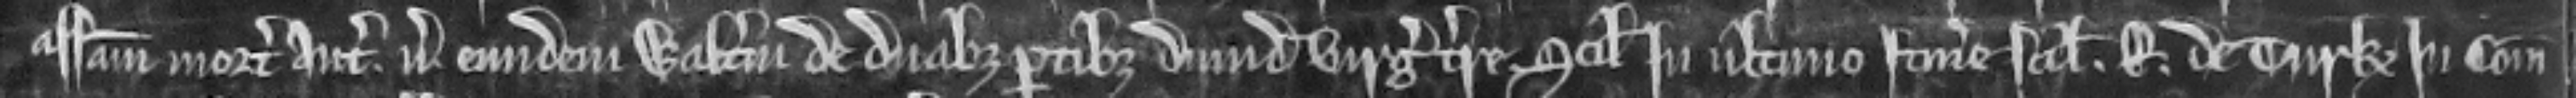
assisam mortis antecessoris versus eundem Walterum de duabus partibus dimidie virgate terre scilicet in ultimo itinere scilicet. R. de Turke in comitatu